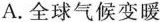
A.全球气候变暖